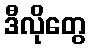
ဒီလိုတွေ